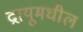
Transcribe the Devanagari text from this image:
द्रायूमधील